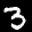
Label: 3